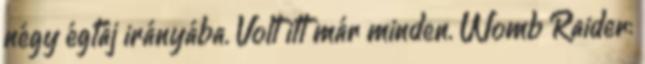
négy égtáj irányába. Volt itt már minden. Womb Raider: